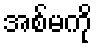
အစ်မကို